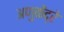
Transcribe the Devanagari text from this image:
अणुकेंद्रे